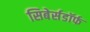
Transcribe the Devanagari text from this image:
सिबेर्सडॉर्फ